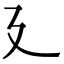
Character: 廴